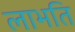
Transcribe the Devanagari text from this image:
लाभति